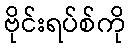
ဗိုင်းရပ်စ်ကို